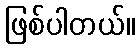
ဖြစ်ပါတယ်။